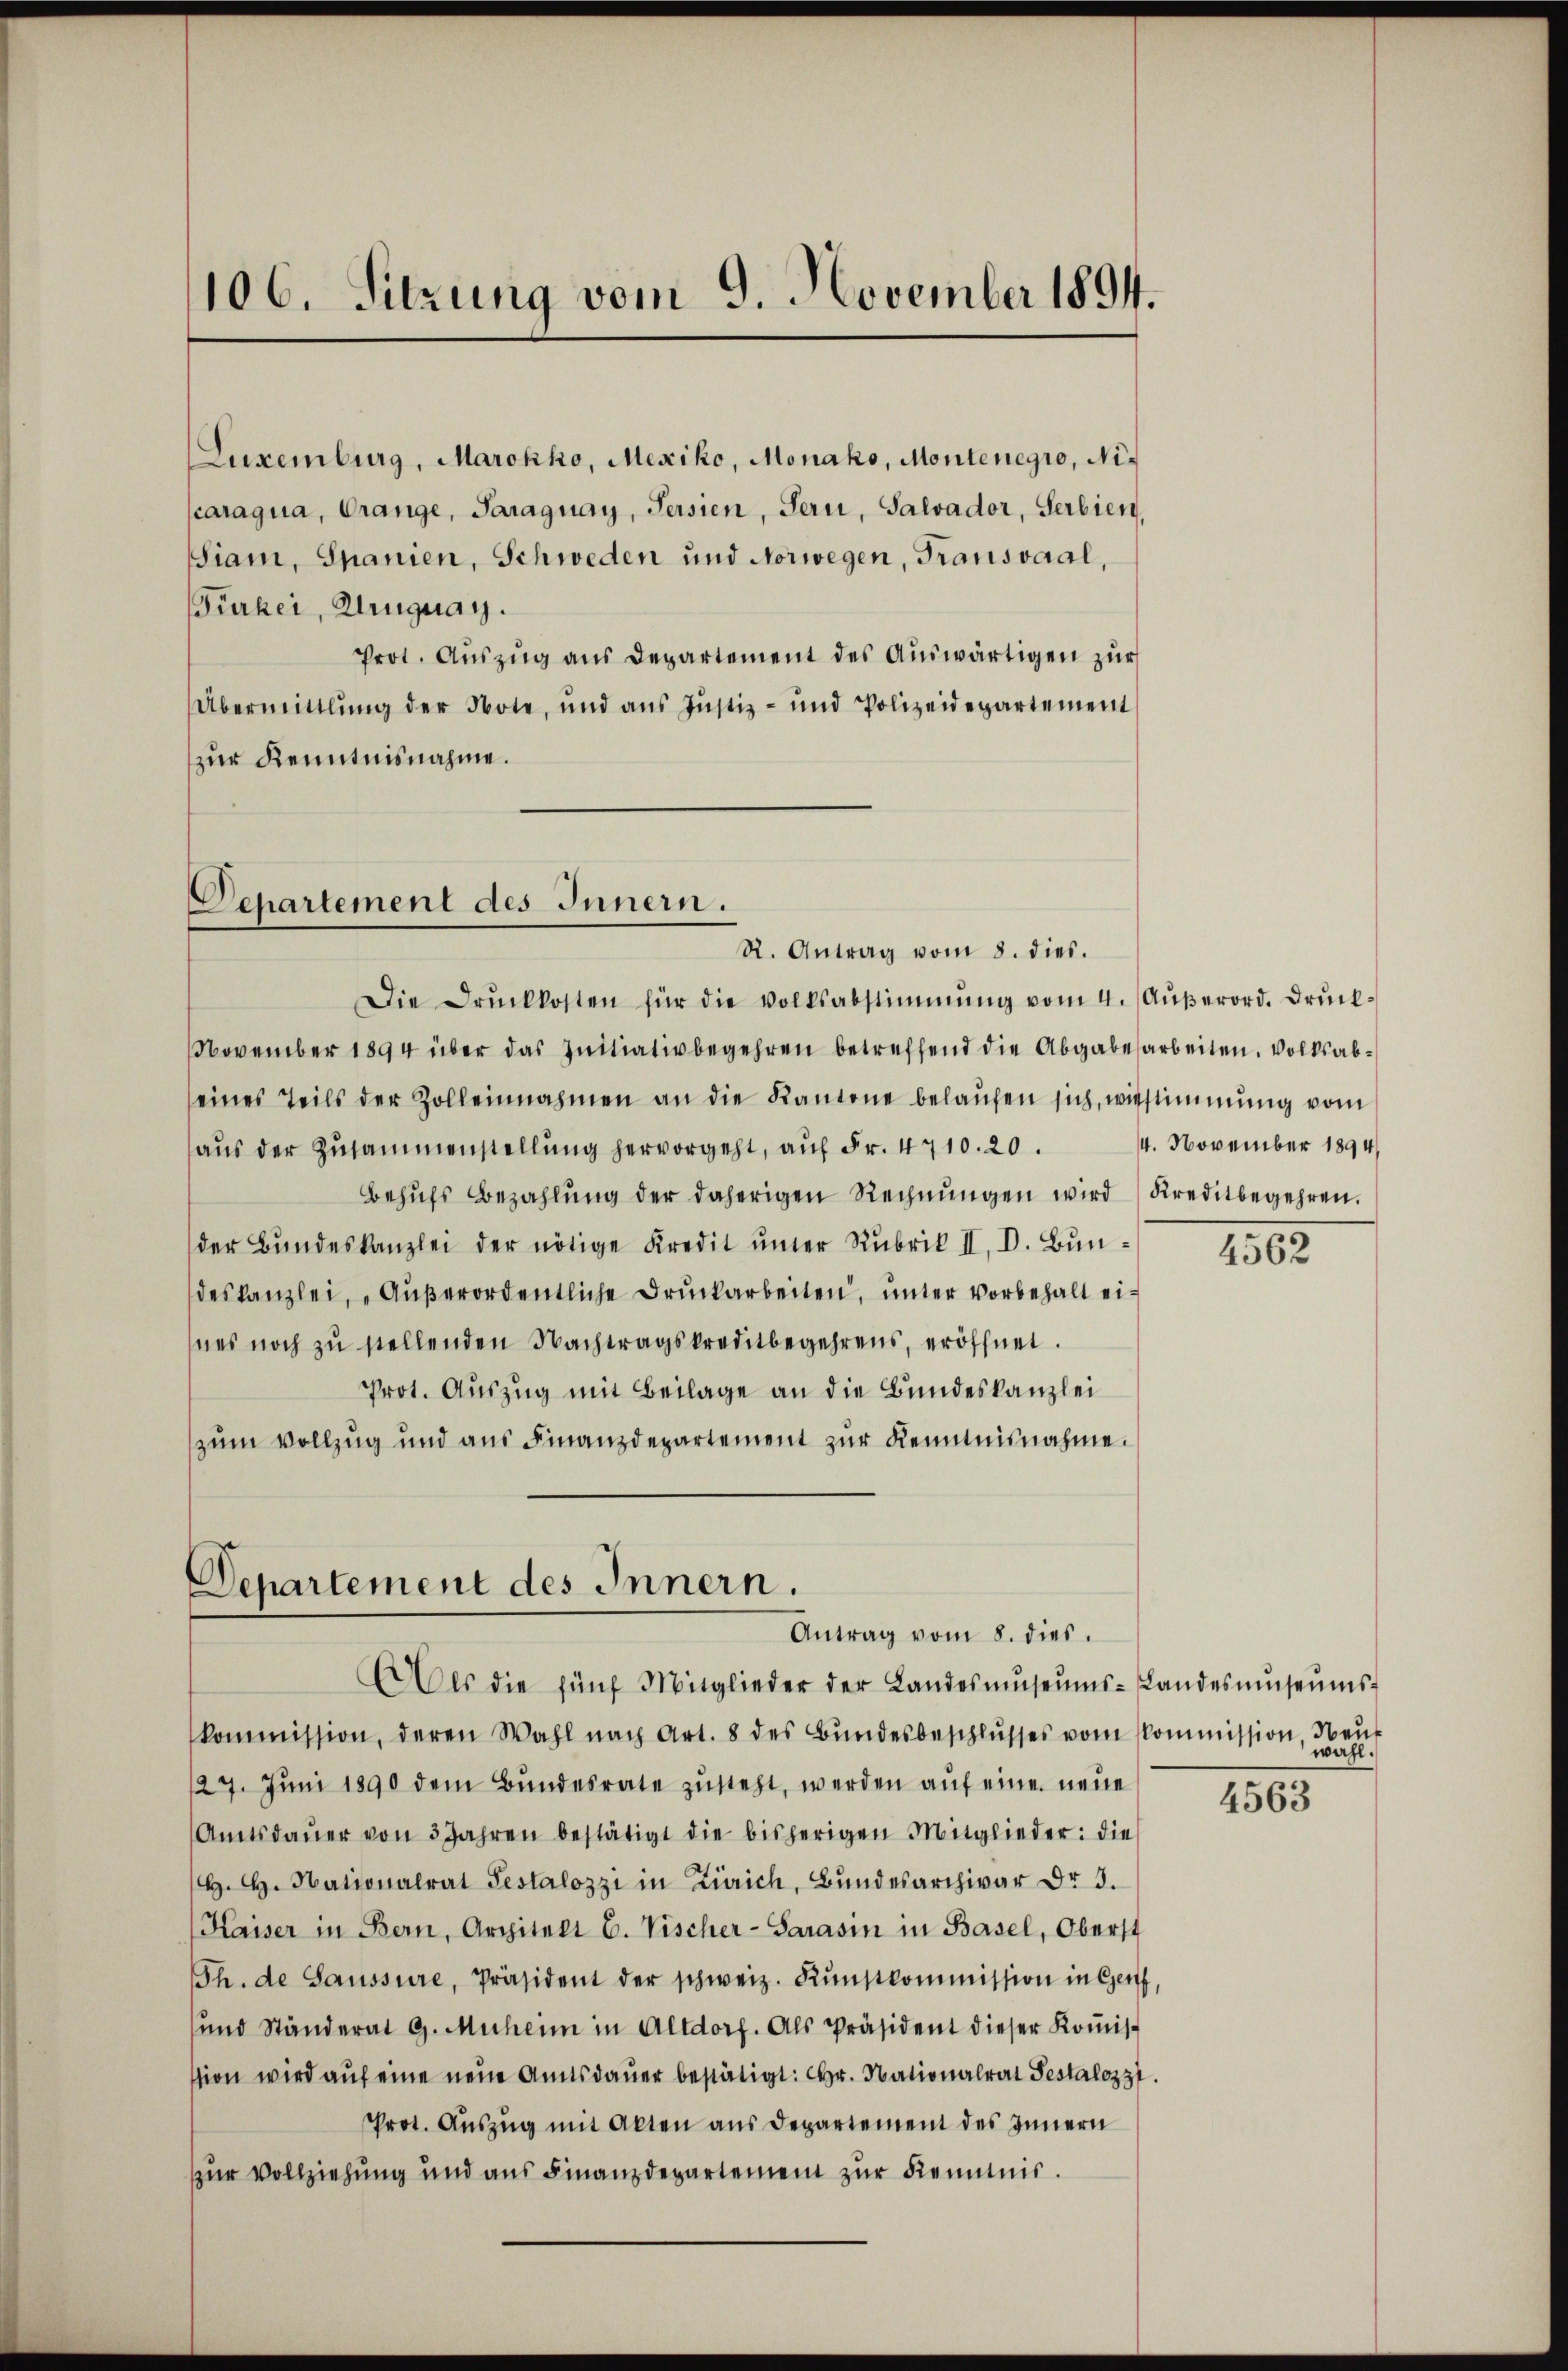
106. Sitzung vom 9. November 1894.

Luxenburg, Marokko, Mexiko, Monako, Montenegro, Niparagua, Orange, Paraguay, Persien, Seri, Salvador, Serbien,
Siam, Spanien, Schweden und Norwegen, Transvaal,
Fürker, Uruguay.
Prot. Aŭszŭg ans Departement des Auswärtigen zur
Übermittlung der Note, und aus Justiz- und Polizeidepartement
zur Kenntnisnahme.

Departement des Innern.
R. Antrag vom 8. dies.

Die Druckkosten für die Volksabstimmung vom 4. Aŭβerord. Drŭck¬
NNovember 1894 über das Initiativbegehren betreffend die Abgabesarbeiten. Volksabeines Teils der Zolleinnahmen an die Kantone belaŭfen sich, wirstimmung vom
haŭs der Zusammenstellung hervorgeht, aŭf Fr. 4710. 20.
Behŭfs Bezahlŭng der daherigen Rechnŭngen wird Kreditbegehren.
der Bŭndeskanzlei der nötige Kredit ŭnter Rubrik II. D. Bundeskanzlei, „Außerordentliche Druckarbeiten, unter vorbehalt eines noch zu stellenden Nachtragskreditbegehrens, eröffnet.
Prot. Auszug mit Beilage an die Bundeskanzlei
zum Vollzug und aus Finanzdepartement zur Kenntnisnahme.

Departement des Innern.
Antrag vom 8. dies
AAls die fünf Mitglieder der Landesmŭseŭms-Landesŭseŭms-

4. November 1894

kommission, deren Wahl nach Art. 8 des Bŭndesbeschlŭsses vom Kommission, Neŭ
27. Jŭni 1890 dem Bŭndesrate zŭsteht, werden auf eine neue
Amtsdaŭer von 3 Jahren bestätigt die bisherigen Mitglieder: die
H. H. Nationalrat Pestalozzi in Zürich, Bundesarchivar Dr 3.
Kaiser in Bern, Architelt E. Vischer-Sarasin in Basel, Oberst
Th. de Saussure, Präsident der schweiz. Kŭnstkommission in Genf,
und Ständerat G. Muheim in Altdorf. Als Präsident dieser Koṁis-
ssion wird auf eine neue Amtsdauer bestätigt: Hr. Nationalrat Pestalozzi.
Prot. Auszug mit Akten aus Departement des Innern
zur Vollziehung und aus Finanzdepartement zur Kenntnis.

4562

wahl.

4563